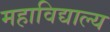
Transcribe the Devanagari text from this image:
महाविद्याल्य